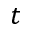
t